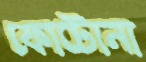
ফোটোনা